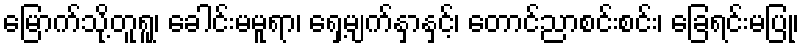
မြောက်သို့တူရူ၊ ခေါင်းမမူရာ၊ ရှေ့မျက်နှာနှင့်၊ တောင်ညာစင်းစင်း၊ ခြေရင်းမပြု၊